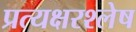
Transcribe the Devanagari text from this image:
प्रत्यक्षरश्लेष